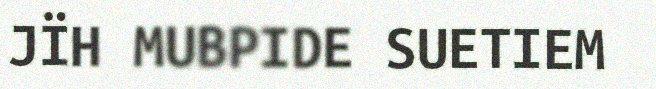
JÏH MUBPIDE SUETIEM